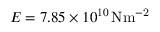
E = 7 . 8 5 \times 1 0 ^ { 1 0 } \, \mathrm { { N m ^ { - 2 } } }